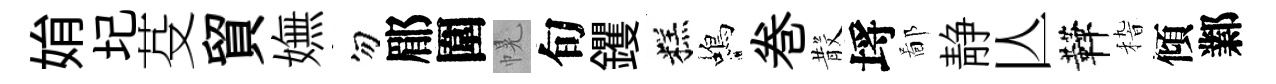
姢圮芟貿嫵勿郿圍幌旬钁糕蝎巻𣪚埓鄙静亾鞾𥟵傾鄴